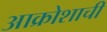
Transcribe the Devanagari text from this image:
आक्रोशाची